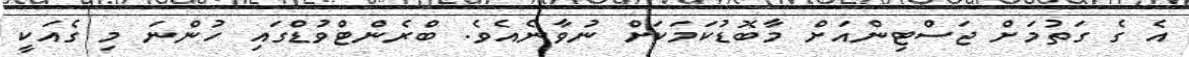
އެ ގެ ގަތުމަށް ޖަސްޓިންއަށް މާބޮޑުކަމަކަށް ނުވާނެއެވެ. ބްރެންޓްވުޑްގައި ހުންނަ މި ގެއަކީ